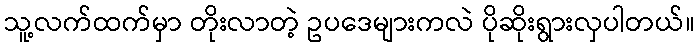
သူ့လက်ထက်မှာ တိုးလာတဲ့ ဥပဒေများကလဲ ပိုဆိုးရွားလှပါတယ်။